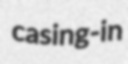
casing-in